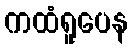
ကထံရူပေန